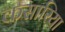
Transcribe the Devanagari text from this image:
कसारिया